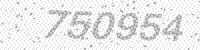
Solution: 750954